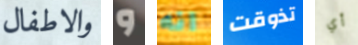
والاطفال و انه تذوقت أي